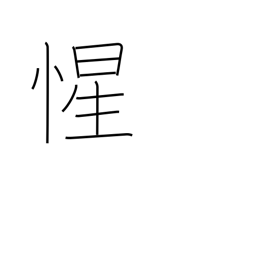
Meaning: realize